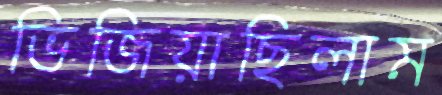
ভিজিয়াছিলাম